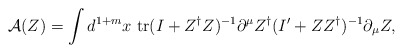
\begin{align*}\mbox{$\cal{A}$}(Z) =\int d^{1+m} x \ \mbox{tr}(I+Z^{\dag}Z)^{-1}\partial^{\mu}Z^{\dag} (I'+Z Z^{\dag})^{-1}\partial_{\mu}Z,\end{align*}